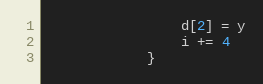
Language: Go
				d[2] = y
				i += 4
			}